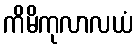
ကိမိကုလာလယံ